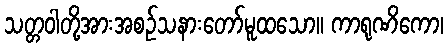
သတ္တဝါတို့အားအစဉ်သနားတော်မူထသော။ ကာရုဏိကော၊